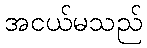
အငယ်မသည်